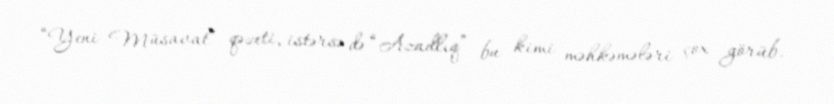
“Yeni Müsavat” qəzeti, istərsə də “Azadlıq” bu kimi məhkəmələri çox görüb.